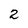
Character: 2